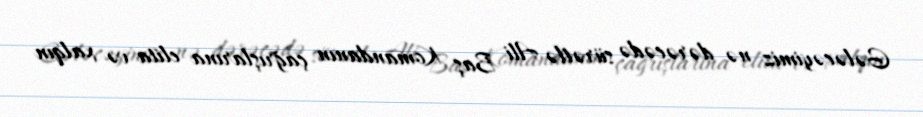
Gələcəyimiz nə dərəcədə sürətlə Ali Baş Komandanın çağrışlarına elita və xalqın